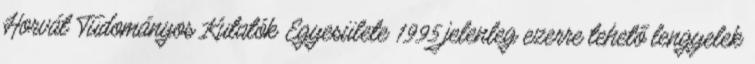
Horvát Tudományos Kutatók Egyesülete 1995 jelenleg ezerre tehető lengyelek